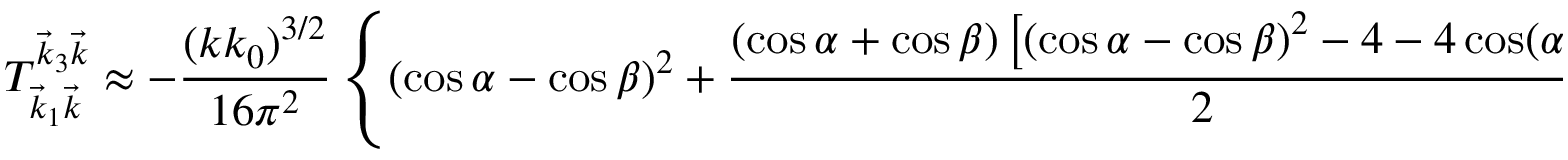
T _ { \vec { k } _ { 1 } \vec { k } } ^ { \vec { k } _ { 3 } \vec { k } } \approx - \frac { ( k k _ { 0 } ) ^ { 3 / 2 } } { 1 6 \pi ^ { 2 } } \left\{ ( \cos \alpha - \cos \beta ) ^ { 2 } + \frac { ( \cos \alpha + \cos \beta ) \left[ ( \cos \alpha - \cos \beta ) ^ { 2 } - 4 - 4 \cos ( \alpha - \beta ) \right] } { 2 } \sqrt { \frac { k _ { 0 } } { k } } \right\} .